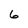
Character: 6